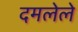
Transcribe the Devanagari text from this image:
दमलेले